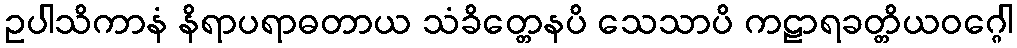
ဥပါသိကာနံ နိရာပရာဓတာယ သံခိတ္တေနပိ သေသာပိ ကဠာရခတ္တိယဝဂ္ဂေါ